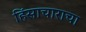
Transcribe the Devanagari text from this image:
हिंसाचाराचा